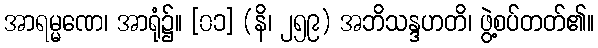
အာရမ္မဏေ၊ အာရုံ၌။ [၀၁] (နိ၊ ၂၅၉) အဘိသန္ဒဟတိ၊ ဖွဲ့စပ်တတ်၏။